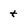
Character: t